Leaving Certificate Examination, 1924
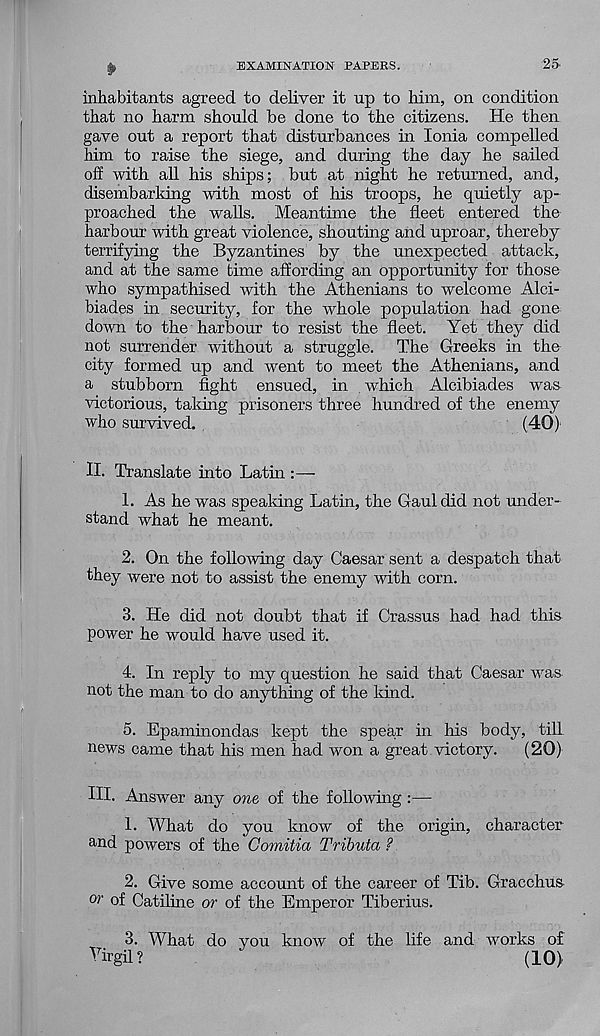
EXAMINATION PAPERS.
25
£
inhabitants agreed to deliver it up to him, on condition
that no harm should be done to the citizens. He then
gave out a report that disturbances in Ionia compelled
him to raise the siege, and during the day he sailed
off with all his ships; but at night he returned, and,
disembarking with most of his troops, he quietly ap-
proached the walls. Meantime the fleet entered the
harbour with great violence, shouting and uproar, thereby
terrifying the Byzantines by the unexpected attack,
and at the same time affording an opportunity for those
who sympathised with the Athenians to welcome Alci-
biades in security, for the whole population had gone
down to the harbour to resist the fleet. Yet they did
not surrender without a struggle. The Greeks in the
city formed up and went to meet the Athenians, and
a stubborn fight ensued, in which Alcibiades was
victorious, taking prisoners three hundred of the enemy
who survived.
(40)
II. Translate into Latin :—
1. As he was speaking Latin, the Gaul did not under-
stand what he meant.
2. On the following day Caesar sent a despatch that
they were not to assist the enemy with corn.
3. He did not doubt that if Crassus had had this
power he would have used it.
4. In reply to my question he said that Caesar was
not the man to do anything of the kind.
5. Epaminondas kept the spear in his body, till
news came that his men had won a great victory. (20)
HI. Answer any one, of the following :—
1. What do you know of the origin, character
and powers of the Comitia Tribute/, ?
2. Give some account of the career of Tib. Gracchus
or of Catiline or of the Emperor Tiberius.
3. What do you know of the life and works of
Virgil ?
(10}